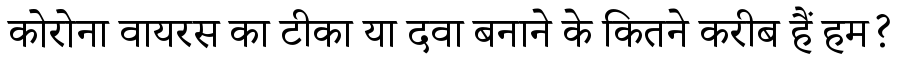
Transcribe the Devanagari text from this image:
कोरोना वायरस का टीका या दवा बनाने के कितने करीब हैं हम?